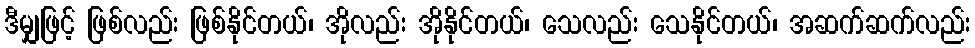
ဒီမျှဖြင့် ဖြစ်လည်း ဖြစ်နိုင်တယ်၊ အိုလည်း အိုနိုင်တယ်၊ သေလည်း သေနိုင်တယ်၊ အဆက်ဆက်လည်း